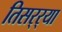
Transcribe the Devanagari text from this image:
तिसर्‍र्‍या